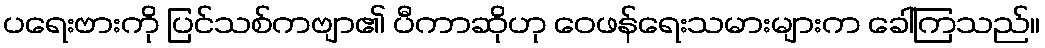
ပရေးဗားကို ပြင်သစ်ကဗျာ၏ ပီကာဆိုဟု ဝေဖန်ရေးသမားများက ခေါ်ကြသည်။